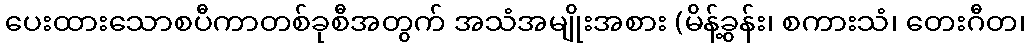
ပေးထားသောစပီကာတစ်ခုစီအတွက် အသံအမျိုးအစား (မိန့်ခွန်း၊ စကားသံ၊ တေးဂီတ၊